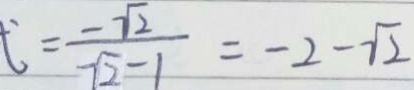
= \frac { - \sqrt { 2 } } { \sqrt { 2 } - 1 } = - 2 - \sqrt { 2 }